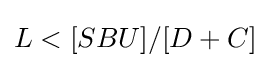
L<[SBU]/[D+C]